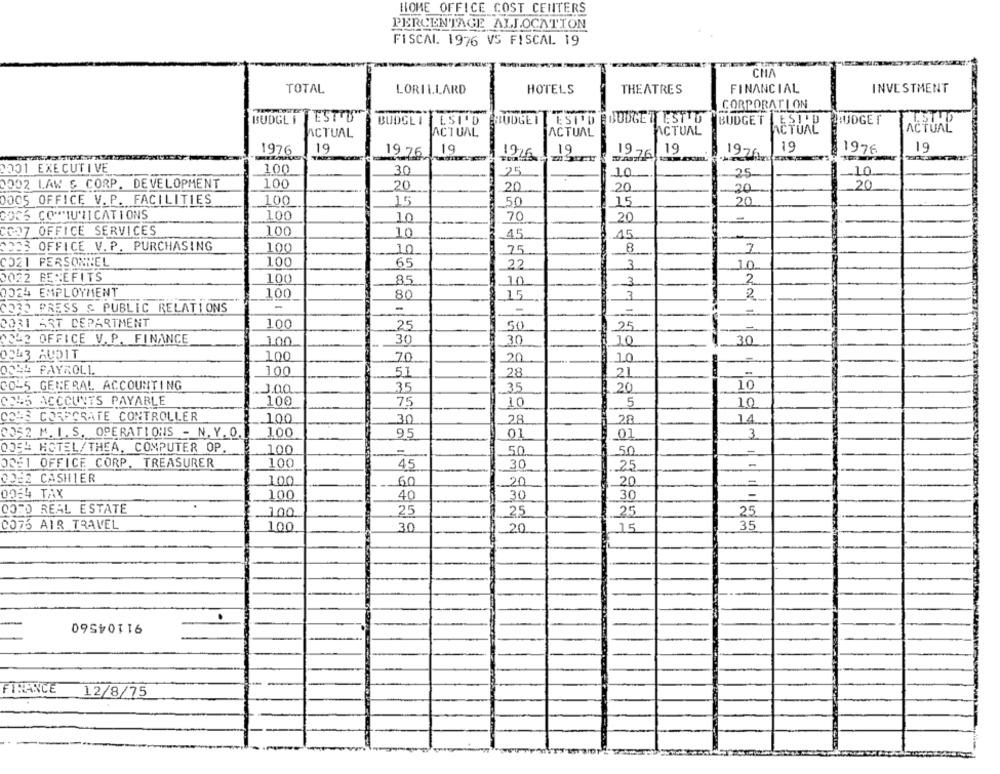
HOME OFFICE COST CENTERS
PERCENTAGE ALLOCATION
FISCAL. 1976 VS FISCAL 19
CHA
TOTAL
LORILLARD
HOTELS
THEATRES
FINANCIAL
INVESTMENT
CORPORATION
ESTOU
BUDGE I
BUDGLI ESI'D
BUDGET EST'D BUDGET EST O
BUDGET LEST'D
BUDGET
ACTUAL
ACTUAL
ACTUAL
ACTUAL
ACTUAL
ACTUAL
19
19
19
1976
19
19 76
19
1976
19
1976
1976m
2001 EXECUTIVE
30
10
100
25
10
25
0002 LAW & CORP. DEVELOPMENT
100
20
.20
20
20
20
DOCS OFFICE V. P. FACILITIES
15
20
100
50
1.5
GOCS COMMUNICATIONS
100
70
.20
10
CO37 OFFICE SERVICES
100
10
45
15
2023 OFFICE V. P. PURCHASING
100
8
7
10
75
-
CO21 PERSONNEL
100
65
22
3
10
0022 BENEFITS
100
85
.10
-3
2
0024 EMPLOYMENT
100
80
15
3
2
CORD PRESS & PUBLIC RELATIONS
-
-
1
0031 ART DEPARTMENT
100
25
-
50
25
-
COL2 OFFICE V. P. FINANCE
30
30
100
-
30
10
0343 AUDIT
100
70
20
10
0325 PAYROLL
100
51
21
28
-
COL5 GENERAL ACCOUNTING
35
1 20
10
3.00
35
COUS ACCOUNTS PAYABLE
100
75
10
5
10
COLS CORPORATE CONTROLLER
100
30
28
28
14
0052 M. I. S. OPERATIONS - N. Y. O.
100
95
3
01
01
0054 HOTEL/THEA, COMPUTER OP.
100
-
-
50
50
ORE1 OFFICE CORP. TREASURER
100
45
-
.30
25
0062 CASHIER
100
20
20
-
60
0064 TAX
100
30
30
40
COTO REAL ESTATE
2,5
25
.. 100
25
.25
0076 AIR TRAVEL
35
100
30
.20
15
91104560
.
FINANCE
12/8/75